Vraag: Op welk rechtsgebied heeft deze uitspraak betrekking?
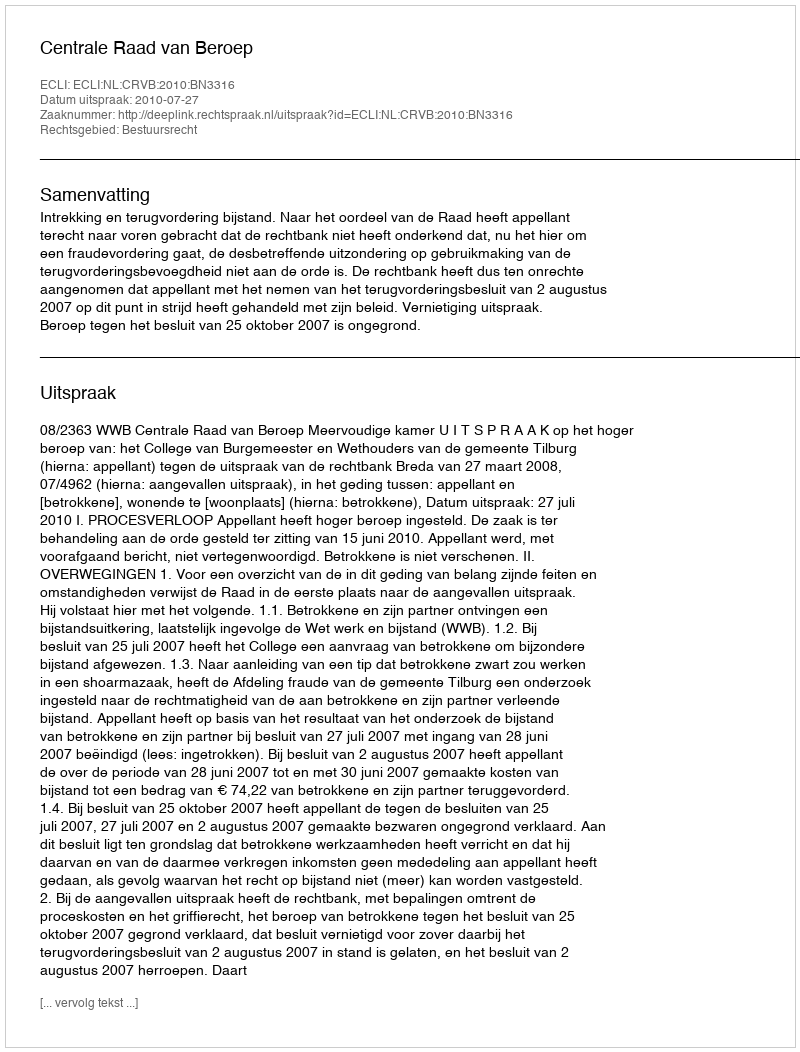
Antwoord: Bestuursrecht